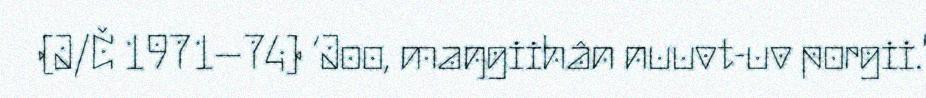
(J/Č 1971–74) ‘Joo, maŋgiihân nuuvt-uv porgii.'